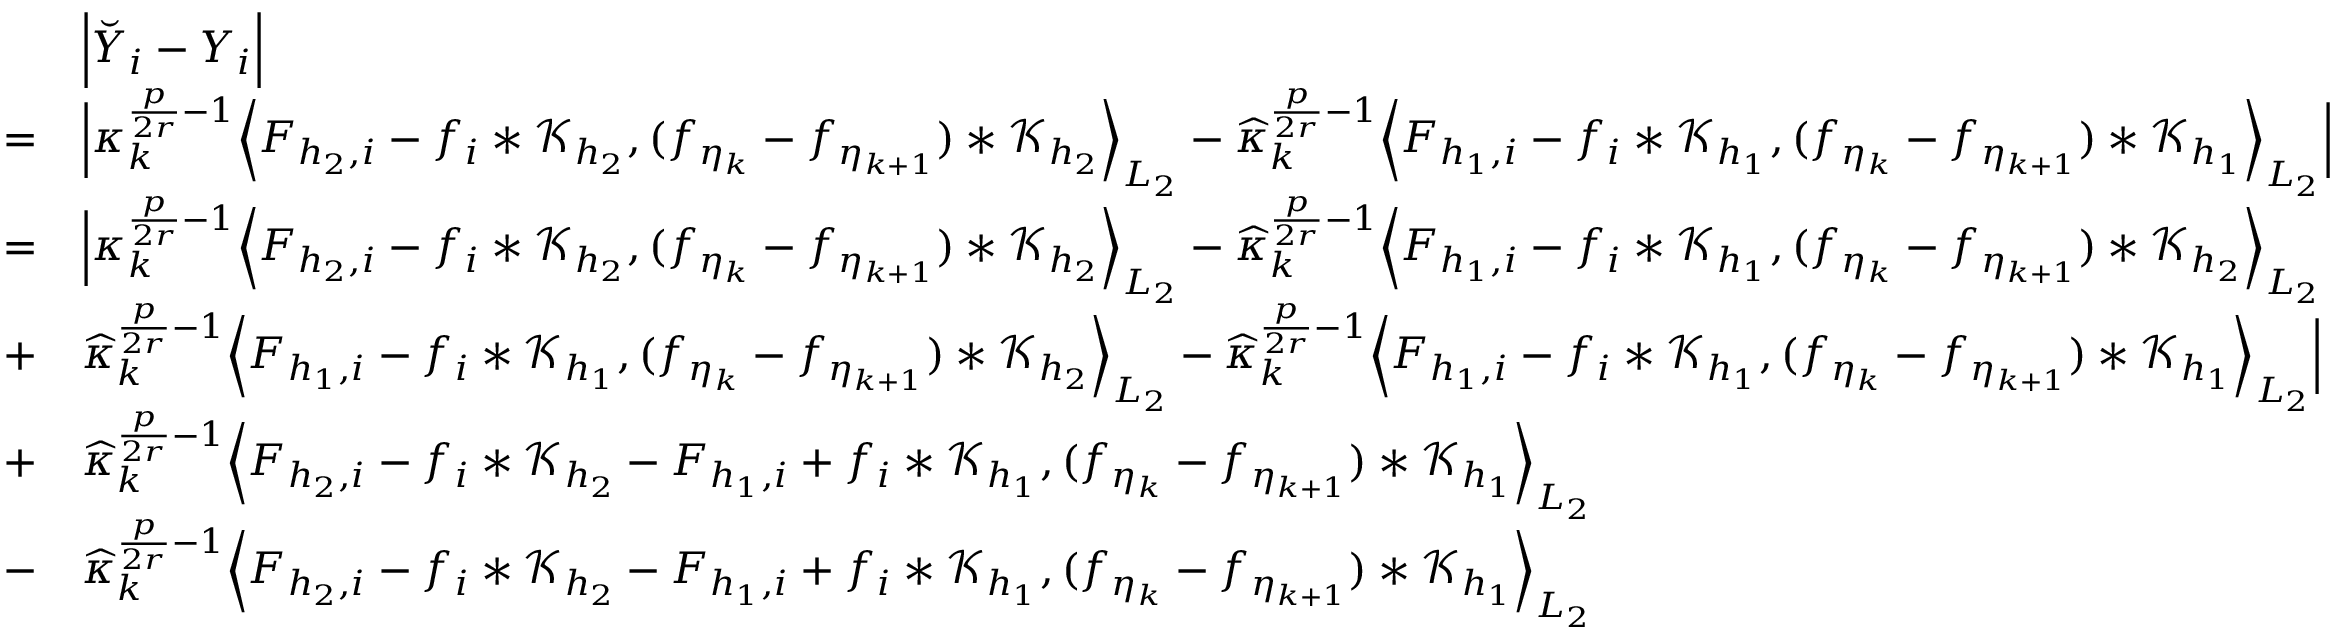
\begin{array} { r l } & { \Big | \breve { Y } _ { i } - Y _ { i } \Big | } \\ { = } & { \Big | \kappa _ { k } ^ { \frac { p } { 2 r } - 1 } \Big \langle F _ { { h _ { 2 } } , i } - f _ { i } * \mathcal { K } _ { h _ { 2 } } , ( f _ { \eta _ { k } } - f _ { \eta _ { k + 1 } } ) * \mathcal { K } _ { h _ { 2 } } \Big \rangle _ { L _ { 2 } } - \widehat { \kappa } _ { k } ^ { \frac { p } { 2 r } - 1 } \Big \langle F _ { { h _ { 1 } } , i } - f _ { i } * \mathcal { K } _ { h _ { 1 } } , ( f _ { \eta _ { k } } - f _ { \eta _ { k + 1 } } ) * \mathcal { K } _ { h _ { 1 } } \Big \rangle _ { L _ { 2 } } \Big | } \\ { = } & { \Big | \kappa _ { k } ^ { \frac { p } { 2 r } - 1 } \Big \langle F _ { { h _ { 2 } } , i } - f _ { i } * \mathcal { K } _ { h _ { 2 } } , ( f _ { \eta _ { k } } - f _ { \eta _ { k + 1 } } ) * \mathcal { K } _ { h _ { 2 } } \Big \rangle _ { L _ { 2 } } - \widehat { \kappa } _ { k } ^ { \frac { p } { 2 r } - 1 } \Big \langle F _ { { h _ { 1 } } , i } - f _ { i } * \mathcal { K } _ { h _ { 1 } } , ( f _ { \eta _ { k } } - f _ { \eta _ { k + 1 } } ) * \mathcal { K } _ { h _ { 2 } } \Big \rangle _ { L _ { 2 } } } \\ { + } & { \widehat { \kappa } _ { k } ^ { \frac { p } { 2 r } - 1 } \Big \langle F _ { { h _ { 1 } } , i } - f _ { i } * \mathcal { K } _ { h _ { 1 } } , ( f _ { \eta _ { k } } - f _ { \eta _ { k + 1 } } ) * \mathcal { K } _ { h _ { 2 } } \Big \rangle _ { L _ { 2 } } - \widehat { \kappa } _ { k } ^ { \frac { p } { 2 r } - 1 } \Big \langle F _ { { h _ { 1 } } , i } - f _ { i } * \mathcal { K } _ { h _ { 1 } } , ( f _ { \eta _ { k } } - f _ { \eta _ { k + 1 } } ) * \mathcal { K } _ { h _ { 1 } } \Big \rangle _ { L _ { 2 } } \Big | } \\ { + } & { \widehat { \kappa } _ { k } ^ { \frac { p } { 2 r } - 1 } \Big \langle F _ { { h _ { 2 } } , i } - f _ { i } * \mathcal { K } _ { h _ { 2 } } - F _ { { h _ { 1 } } , i } + f _ { i } * \mathcal { K } _ { h _ { 1 } } , ( f _ { \eta _ { k } } - f _ { \eta _ { k + 1 } } ) * \mathcal { K } _ { h _ { 1 } } \Big \rangle _ { L _ { 2 } } } \\ { - } & { \widehat { \kappa } _ { k } ^ { \frac { p } { 2 r } - 1 } \Big \langle F _ { { h _ { 2 } } , i } - f _ { i } * \mathcal { K } _ { h _ { 2 } } - F _ { { h _ { 1 } } , i } + f _ { i } * \mathcal { K } _ { h _ { 1 } } , ( f _ { \eta _ { k } } - f _ { \eta _ { k + 1 } } ) * \mathcal { K } _ { h _ { 1 } } \Big \rangle _ { L _ { 2 } } } \end{array}